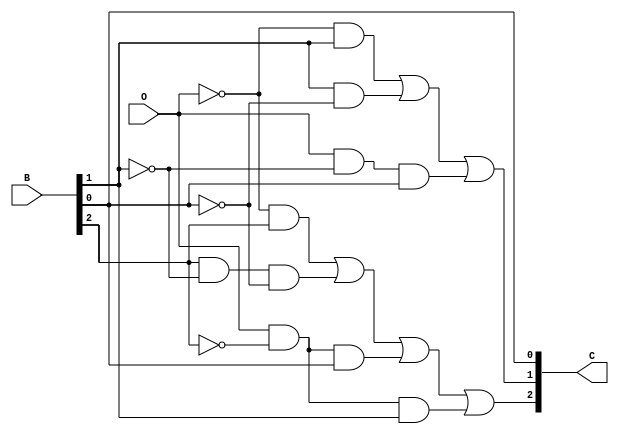
`timescale 1ns / 1ps

module complement(
  input O, 
  input [2:0] B, 
  output [2:0] C
  ); 
  // Write your code here 
  assign C[0] = B[0];
  assign C[1] = (~O & B[1]) || (B[1] & ~B[0]) || (O & ~B[1] & B[0]);
  assign C[2] = (~O & B[2]) || (B[2] & ~B[1] & ~B[0]) || (O & ~B[2] & B[0]) || (O & ~B[2] & B[1]);
endmodule